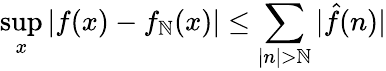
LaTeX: \operatorname*{sup}_{x}|f(x)-f_{\mathbb{N}}(x)|\leq\sum_{|n|>\mathbb{N}}|{\hat{{f}}}(n)|